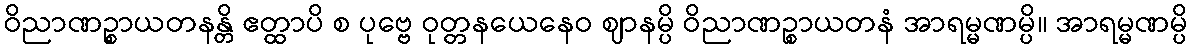
ဝိညာဏဉ္စာယတနန္တိ ဧတ္ထာပိ စ ပုဗ္ဗေ ဝုတ္တနယေနေဝ ဈာနမ္ပိ ဝိညာဏဉ္စာယတနံ အာရမ္မဏမ္ပိ။ အာရမ္မဏမ္ပိ